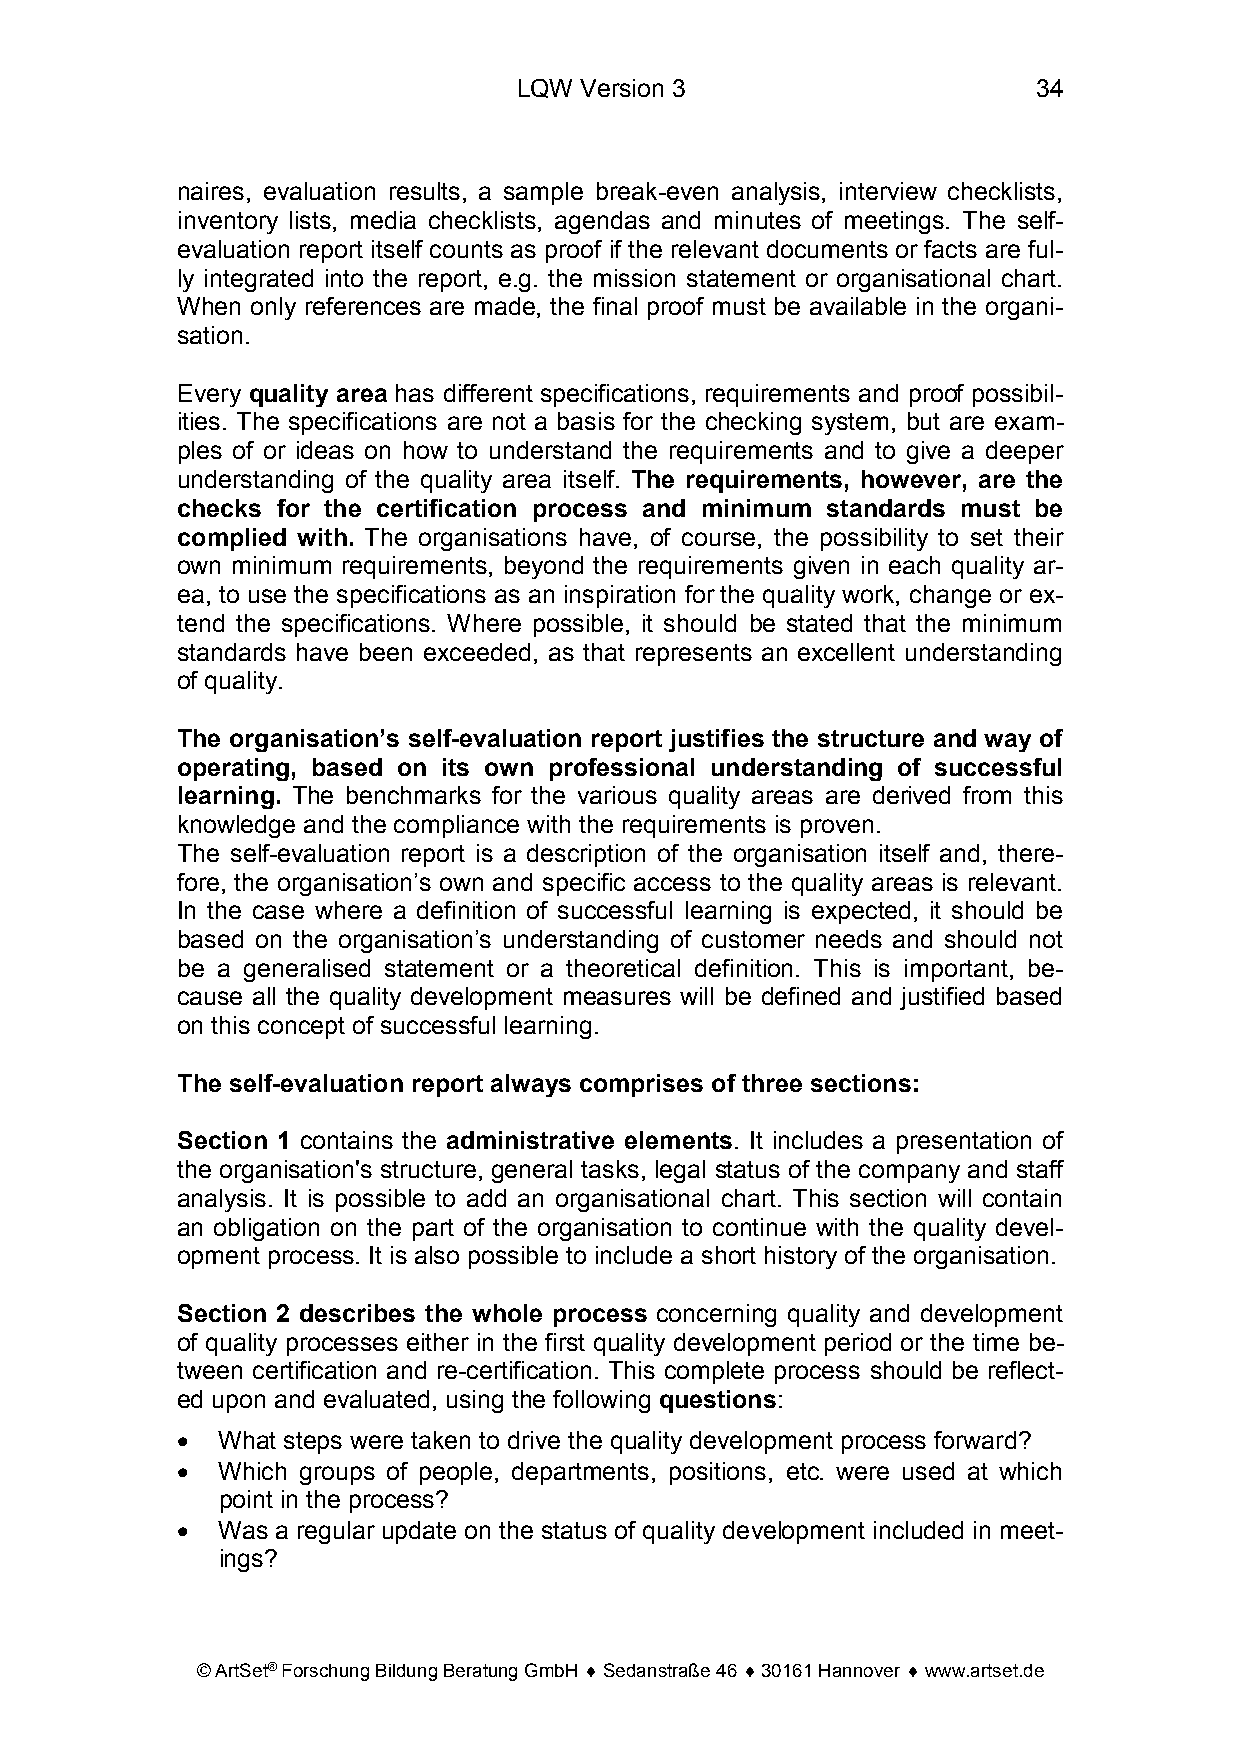
LQW Version 3                      34
 naires, evaluation results, a sample break-even analysis, interview checklists,
 inventory lists, media checklists, agendas and minutes of meetings. The self-
 evaluation report itself counts as proof if the relevant documents or facts are ful-
 ly integrated into the report, e.g. the mission statement or organisational chart.
 When only references are made, the final proof must be available in the organi-
 sation.
 Every quality area has different specifications, requirements and proof possibil-
 ities. The specifications are not a basis for the checking system, but are exam-
 ples of or ideas on how to understand the requirements and to give a deeper
 understanding of the quality area itself. The requirements, however, are the
 checks for the certification process and minimum standards must be
 complied with. The organisations have, of course, the possibility to set their
 own minimum requirements, beyond the requirements given in each quality ar-
 ea, to use the specifications as an inspiration for the quality work, change or ex-
 tend the specifications. Where possible, it should be stated that the minimum
 standards have been exceeded, as that represents an excellent understanding
 of quality.
 The organisation’s self-evaluation report justifies the structure and way of
 operating, based on its own professional understanding of successful
 learning. The benchmarks for the various quality areas are derived from this
 knowledge and the compliance with the requirements is proven.
 The self-evaluation report is a description of the organisation itself and, there-
 fore, the organisation’s own and specific access to the quality areas is relevant.
 In the case where a definition of successful learning is expected, it should be
 based on the organisation’s understanding of customer needs and should not
 be a generalised statement or a theoretical definition. This is important, be-
 cause all the quality development measures will be defined and justified based
 on this concept of successful learning.
 The self-evaluation report always comprises of three sections:
 Section 1 contains the administrative elements. It includes a presentation of
 the organisation's structure, general tasks, legal status of the company and staff
 analysis. It is possible to add an organisational chart. This section will contain
 an obligation on the part of the organisation to continue with the quality devel-
 opment process. It is also possible to include a short history of the organisation.
 Section 2 describes the whole process concerning quality and development
 of quality processes either in the first quality development period or the time be-
 tween certification and re-certification. This complete process should be reflect-
 ed upon and evaluated, using the following questions:
 • What steps were taken to drive the quality development process forward?
 • Which groups of people, departments, positions, etc. were used at which
 point in the process?
 • Was a regular update on the status of quality development included in meet-
 ings?
 © ArtSet® Forschung Bildung Beratung GmbH ♦ Sedanstraße 46 ♦ 30161 Hannover ♦ www.artset.de